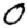
Digit: 0